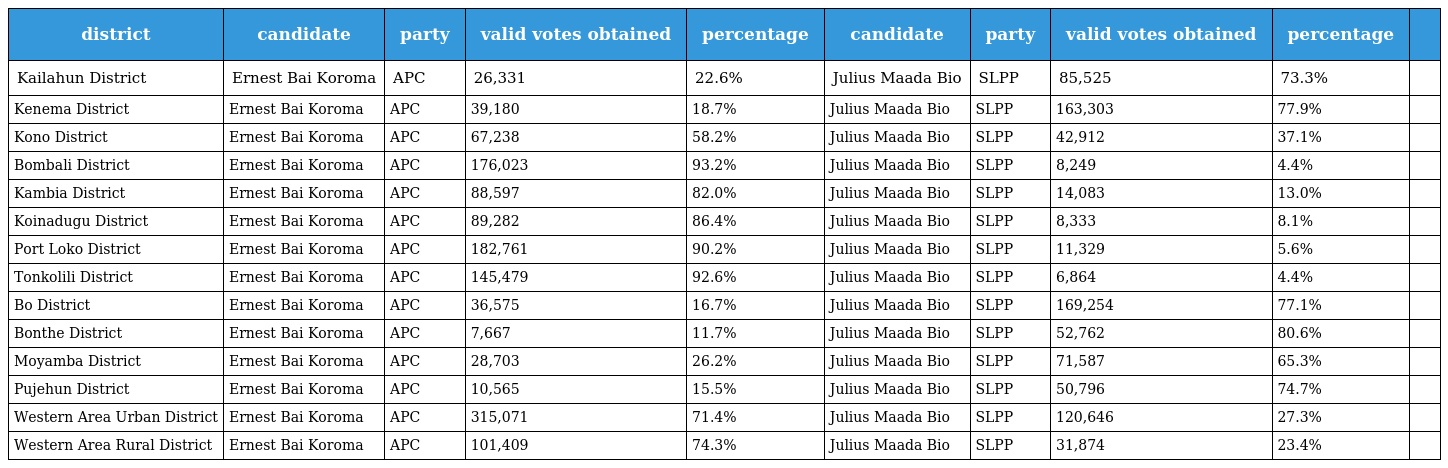
| district | candidate | party | valid votes obtained | percentage | candidate | party | valid votes obtained | percentage |  |
 | --- | --- | --- | --- | --- | --- | --- | --- | --- | --- |
 | Kailahun District | Ernest Bai Koroma | APC | 26,331 | 22.6% | Julius Maada Bio | SLPP | 85,525 | 73.3% |  |
 | Kenema District | Ernest Bai Koroma | APC | 39,180 | 18.7% | Julius Maada Bio | SLPP | 163,303 | 77.9% |  |
 | Kono District | Ernest Bai Koroma | APC | 67,238 | 58.2% | Julius Maada Bio | SLPP | 42,912 | 37.1% |  |
 | Bombali District | Ernest Bai Koroma | APC | 176,023 | 93.2% | Julius Maada Bio | SLPP | 8,249 | 4.4% |  |
 | Kambia District | Ernest Bai Koroma | APC | 88,597 | 82.0% | Julius Maada Bio | SLPP | 14,083 | 13.0% |  |
 | Koinadugu District | Ernest Bai Koroma | APC | 89,282 | 86.4% | Julius Maada Bio | SLPP | 8,333 | 8.1% |  |
 | Port Loko District | Ernest Bai Koroma | APC | 182,761 | 90.2% | Julius Maada Bio | SLPP | 11,329 | 5.6% |  |
 | Tonkolili District | Ernest Bai Koroma | APC | 145,479 | 92.6% | Julius Maada Bio | SLPP | 6,864 | 4.4% |  |
 | Bo District | Ernest Bai Koroma | APC | 36,575 | 16.7% | Julius Maada Bio | SLPP | 169,254 | 77.1% |  |
 | Bonthe District | Ernest Bai Koroma | APC | 7,667 | 11.7% | Julius Maada Bio | SLPP | 52,762 | 80.6% |  |
 | Moyamba District | Ernest Bai Koroma | APC | 28,703 | 26.2% | Julius Maada Bio | SLPP | 71,587 | 65.3% |  |
 | Pujehun District | Ernest Bai Koroma | APC | 10,565 | 15.5% | Julius Maada Bio | SLPP | 50,796 | 74.7% |  |
 | Western Area Urban District | Ernest Bai Koroma | APC | 315,071 | 71.4% | Julius Maada Bio | SLPP | 120,646 | 27.3% |  |
 | Western Area Rural District | Ernest Bai Koroma | APC | 101,409 | 74.3% | Julius Maada Bio | SLPP | 31,874 | 23.4% |  |